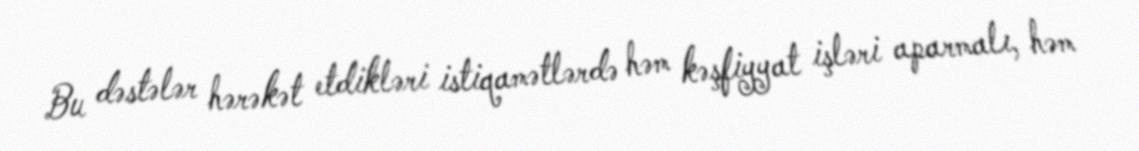
Bu dəstələr hərəkət etdikləri istiqamətlərdə həm kəşfiyyat işləri aparmalı, həm